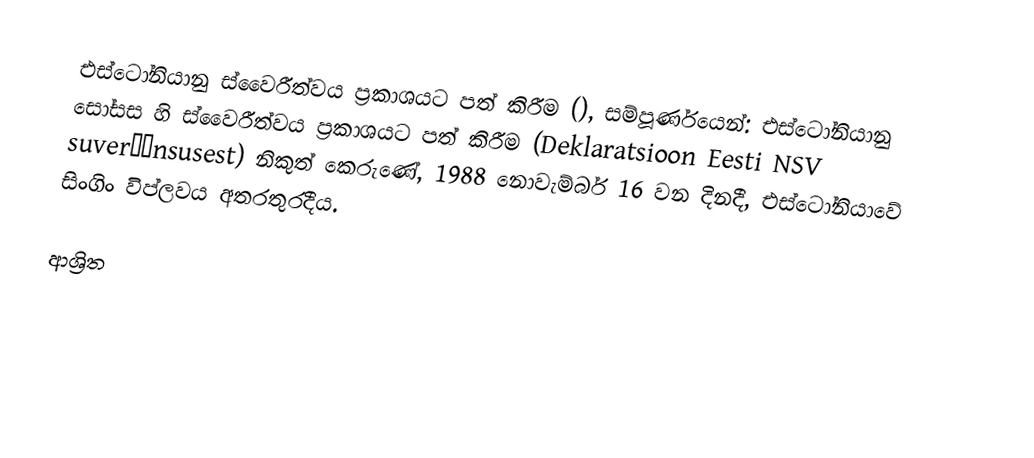
එස්ටෝනියානු ස්වෛරීත්වය ප්‍රකාශයට පත් කිරීම (), සම්පූර්ණයෙන්: එස්ටෝනියානු සෝසස හි ස්වෛරීත්වය ප්‍රකාශයට පත් කිරීම (Deklaratsioon Eesti NSV suveräänsusest) නිකුත් කෙරුණේ, 1988 නොවැම්බර් 16 වන දිනදී,   එස්ටෝනියාවේ සිංගිං විප්ලවය අතරතුරදීය.

ආශ්‍රිත